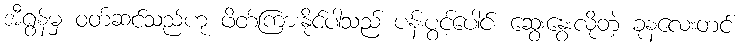
အီရွန်မှ ဝတ်ဆင်သည်ဟု ဖိတ်ကြားနိုင်ပါသည် ပန်းပွင့်ပေါင်း ဆွေးနွေးလိုတဲ့ ခုနလေးတင်